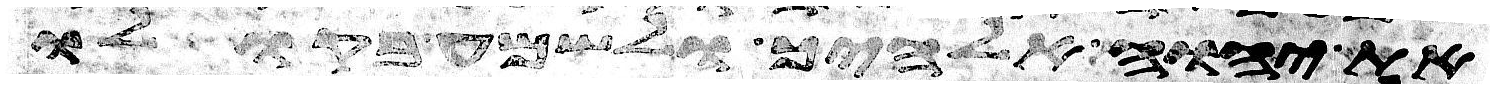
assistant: את יהוה אלהיך ולשמע בקולו